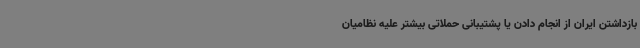
بازداشتن ایران از انجام دادن یا پشتیبانی حملاتی بیشتر علیه نظامیان